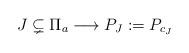
LaTeX: \begin{align*}J\subsetneq \Pi_a \longrightarrow P_J:=P_{c_J}\end{align*}